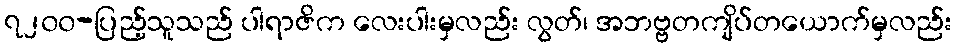
၇၂၀၀-ပြည့်သူသည် ပါရာဇိက လေးပါးမှလည်း လွတ်၊ အဘဗ္ဗတကျိပ်တယောက်မှလည်း